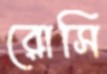
রোসি